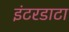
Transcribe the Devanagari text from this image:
इंटरडाटा